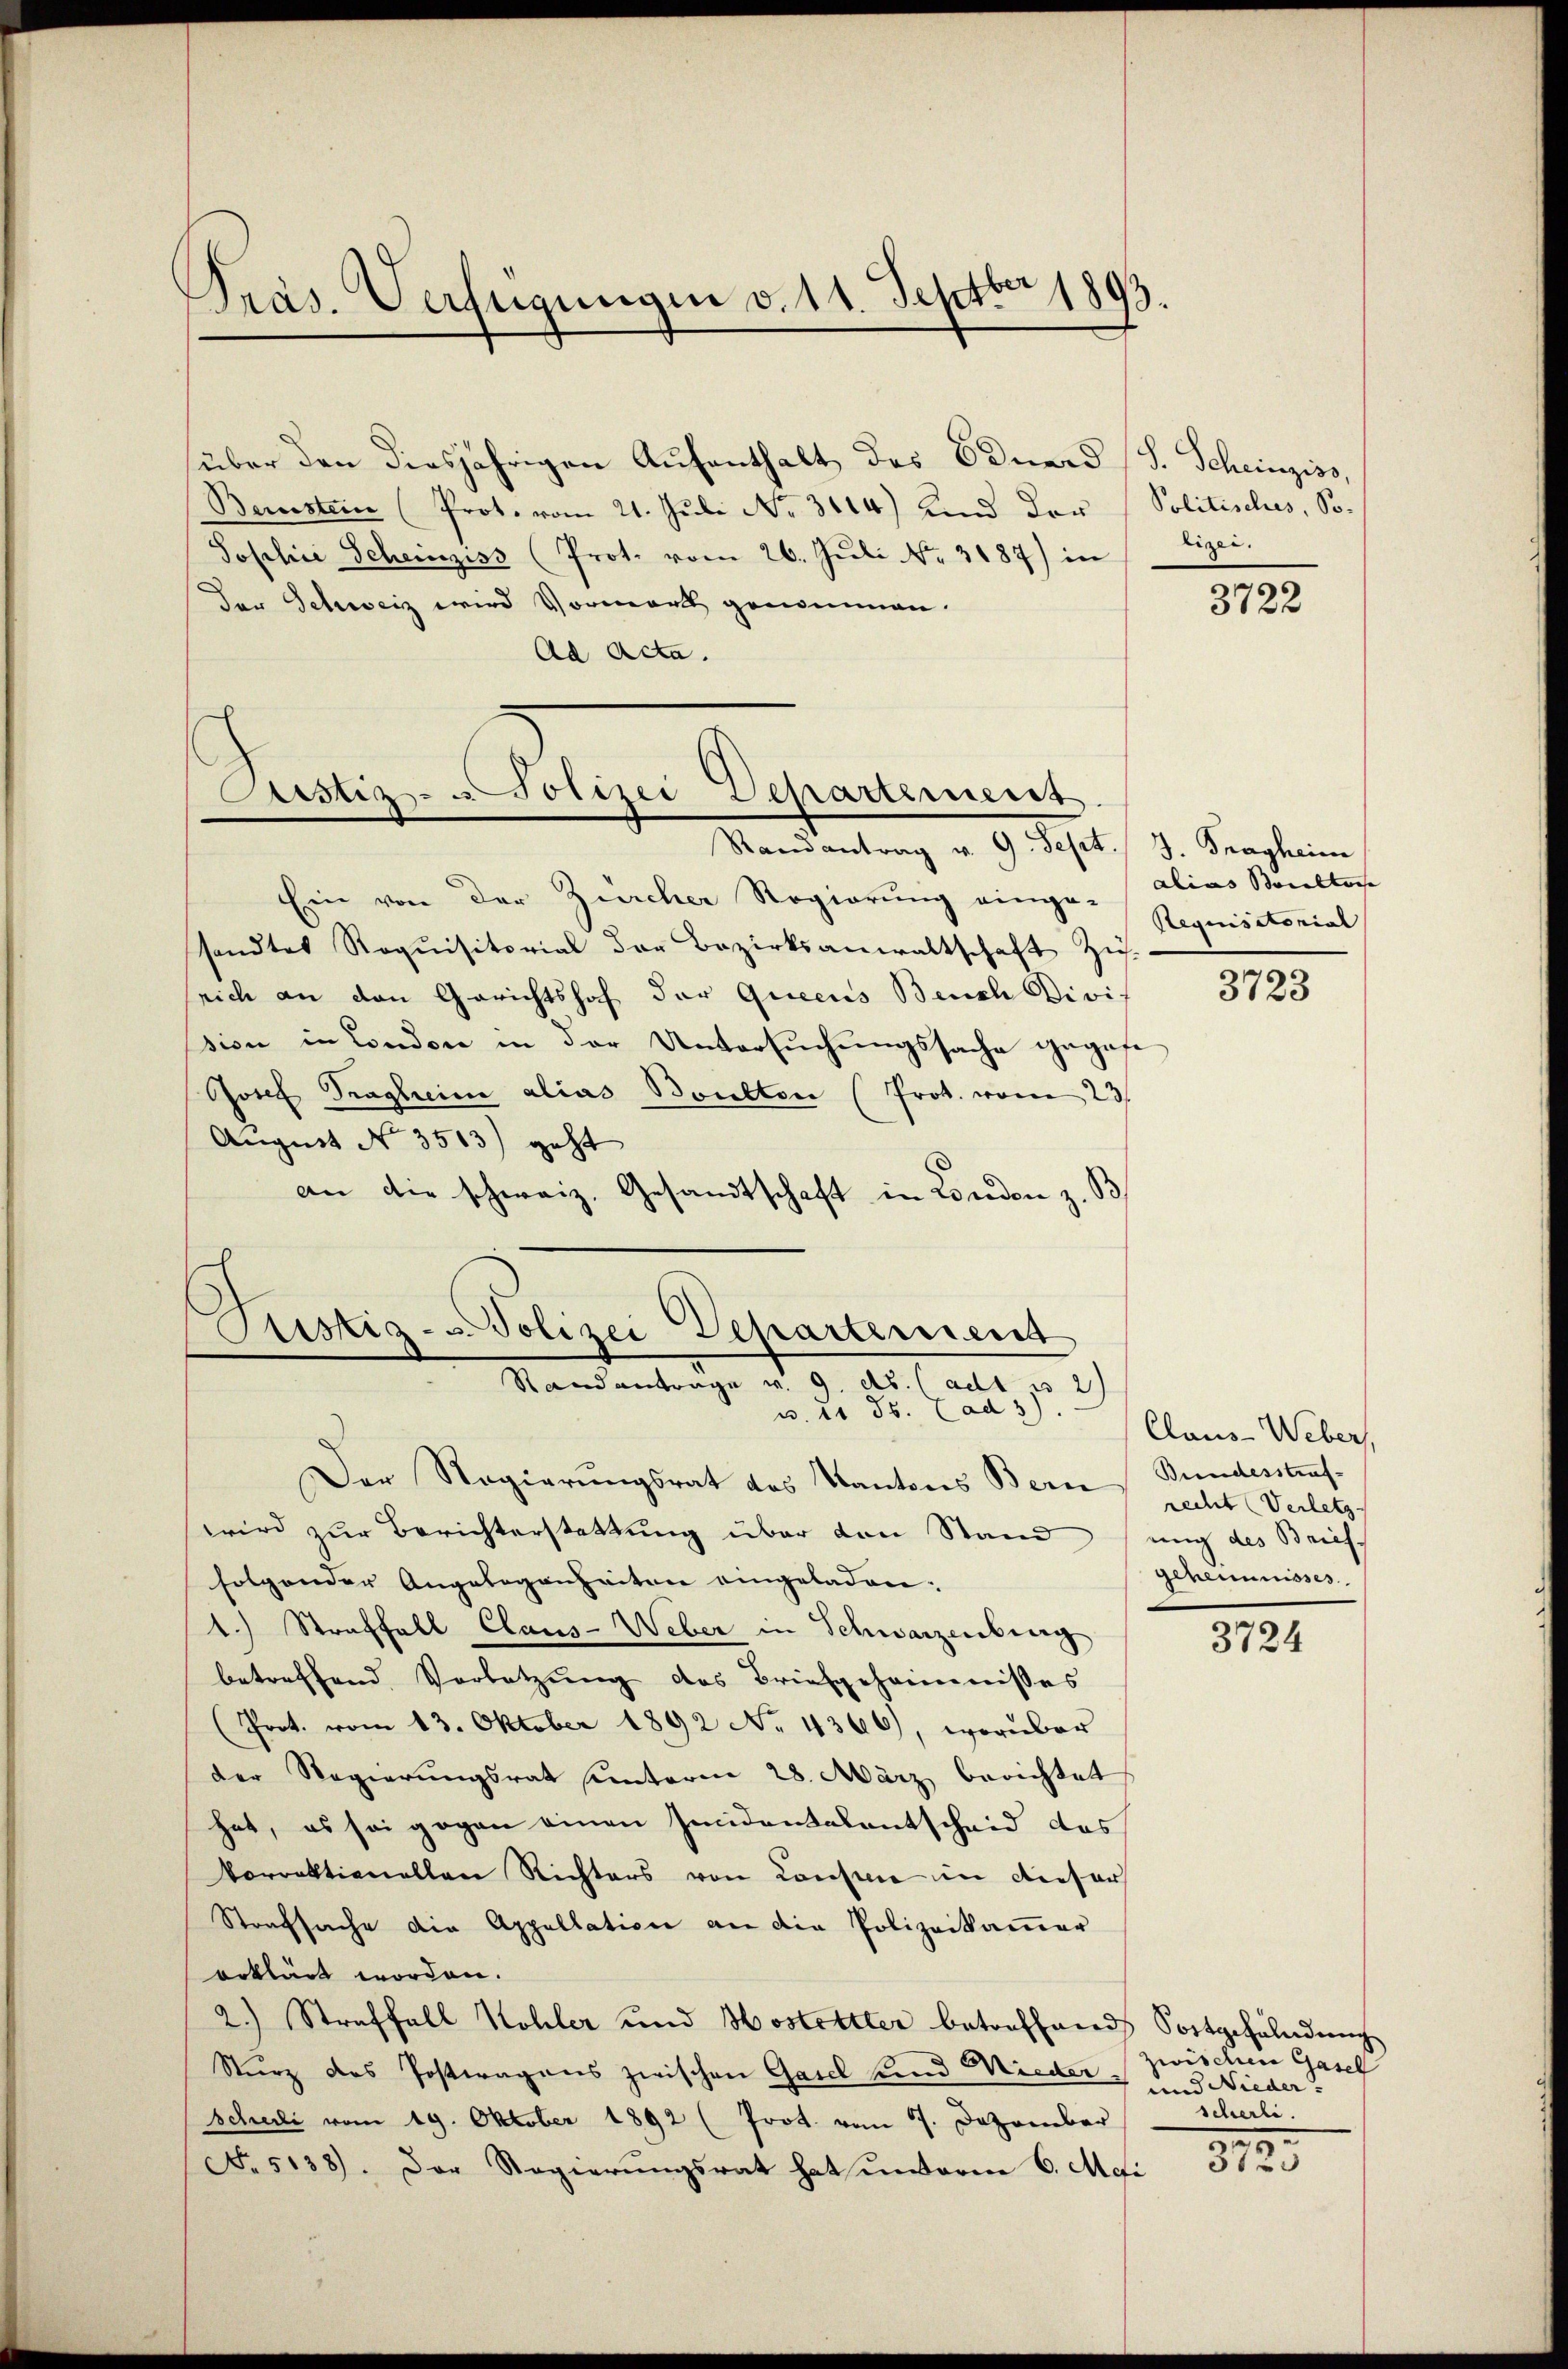
Präs. Verfügungen v. 11. Septbr 1893.

über den diesjährigen Aufenthalt des Bauerd
Bernstein (Prot. vom 21. Juli No 3114) und der
Joschie Scheinziss (Prot. vom 26. Juli No 3187) in
Der Schweiz wird Vormark genommen.
Ad Acta.

Astiz- u Polizei Departemenst
Randantrag u. 9. Sept. 3. Fragheim

Ein von der Zürcher Regierung einge-alias Soultoche
sandtes Requisitorial der Bezirksanwaltschaft Zie
srich an den Gerichtshof der Queens Beuch Divi-
sion in Condon in der Untersuchungssache gegebe
Josef Trägheime alias Boulton (Prot. vom 23.
August No 3513) geht
an die schweiz. Gesandtschaft in London z. B

Pristig- u Polizei Departement
Randantrage v. 9. ds. (adt u 2
 u. 21. ds. Cad 3)

Der Regierungsrat des Kantons Bern
wird zur Berichterstattung über den Standung des Brief
folgender Angelegenheiten eingeladen.
1.) Straffall Claus-Weber in Schwarzenberg
betreffend Vorletzung des Briefgeheimnisses
(Prot. vom 13. Oktober 1892 No 4366), worüber
der Regierungsrat unteren 28. März berichtet
hat, es sei gegen einen seidentalentscheid des
Vorrektionellen Richters von Const in dieser
Strafsache die Appellation an die Polizeikamer
erklärt worden.
2.) Straffall Kohler und Hostettler betreffend Fortgehalndung
Sturz des Postwagens zwischen Gasel und Mieder¬
Scherli vom 19. Oktober 1892 (Prot. vom 7. Dezember
No 5138). Der Regierungsrat hat unterm 6. Mei

S. Scheinziss,
Politisches, So-
zizei.

3722

Requisitorial

3723

Claus- Weber,
Bundesstraf-
recht (Verletz
geheimisses.

3724

zwischen Gasel
und Nieder?
scherli.

372.